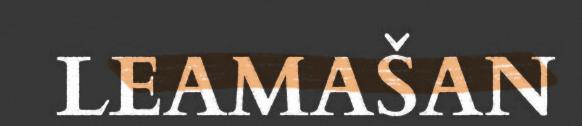
LEAMAŠAN